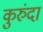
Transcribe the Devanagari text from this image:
कुरुंदा